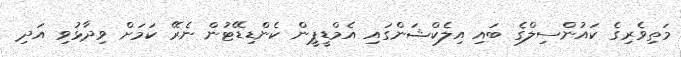
މަތިވެރިގެ ކައުންސިލްގެ ބައި އިލެކްޝަންގައި އެމްޑީޕީން ކެންޑިޑޭޓުން ނެރޭ ކަމަށް ވިދާޅުވި އަދި